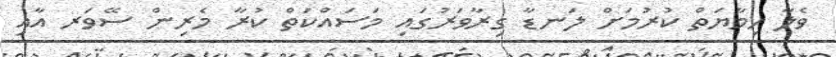
ވެލާ ހިމާޔަތް ކުރުމަށް ލަނޑާ ގިރާވަރުގައި މަސައްކަތް ކުރާ މެރިން ސޭވަރ އާއި